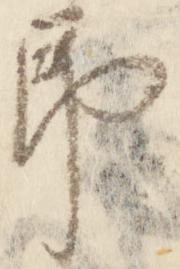
即